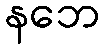
နဘေ